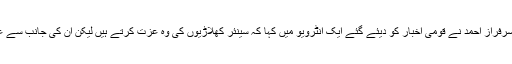
دورہ نیوزی لینڈ سے واپسی کے بعد سرفراز احمد نے قومی اخبار کو دیئے گئے ایک انٹرویو میں کہا کہ سینئر کھلاڑیوں کی وہ عزت کرتے ہیں لیکن ان کی جانب سے علاقائی ریمارکس دینا افسوسناک ہے ۔